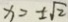
x = \pm \sqrt { 2 }